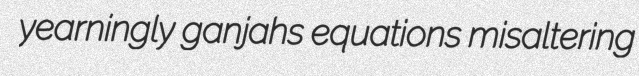
yearningly ganjahs equations misaltering